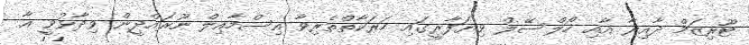
ޓޫރިޒަމް ދާއިރާ އާއި ހޯލްސޭލް ވިޔަފާރީގައި ހަރަކާތްތެރިވާ އިސްމާއިލް ނޫރައްދީން ވިދާޅުވީ އާ